Vana-Antsla_vallavalitsus, lk 24
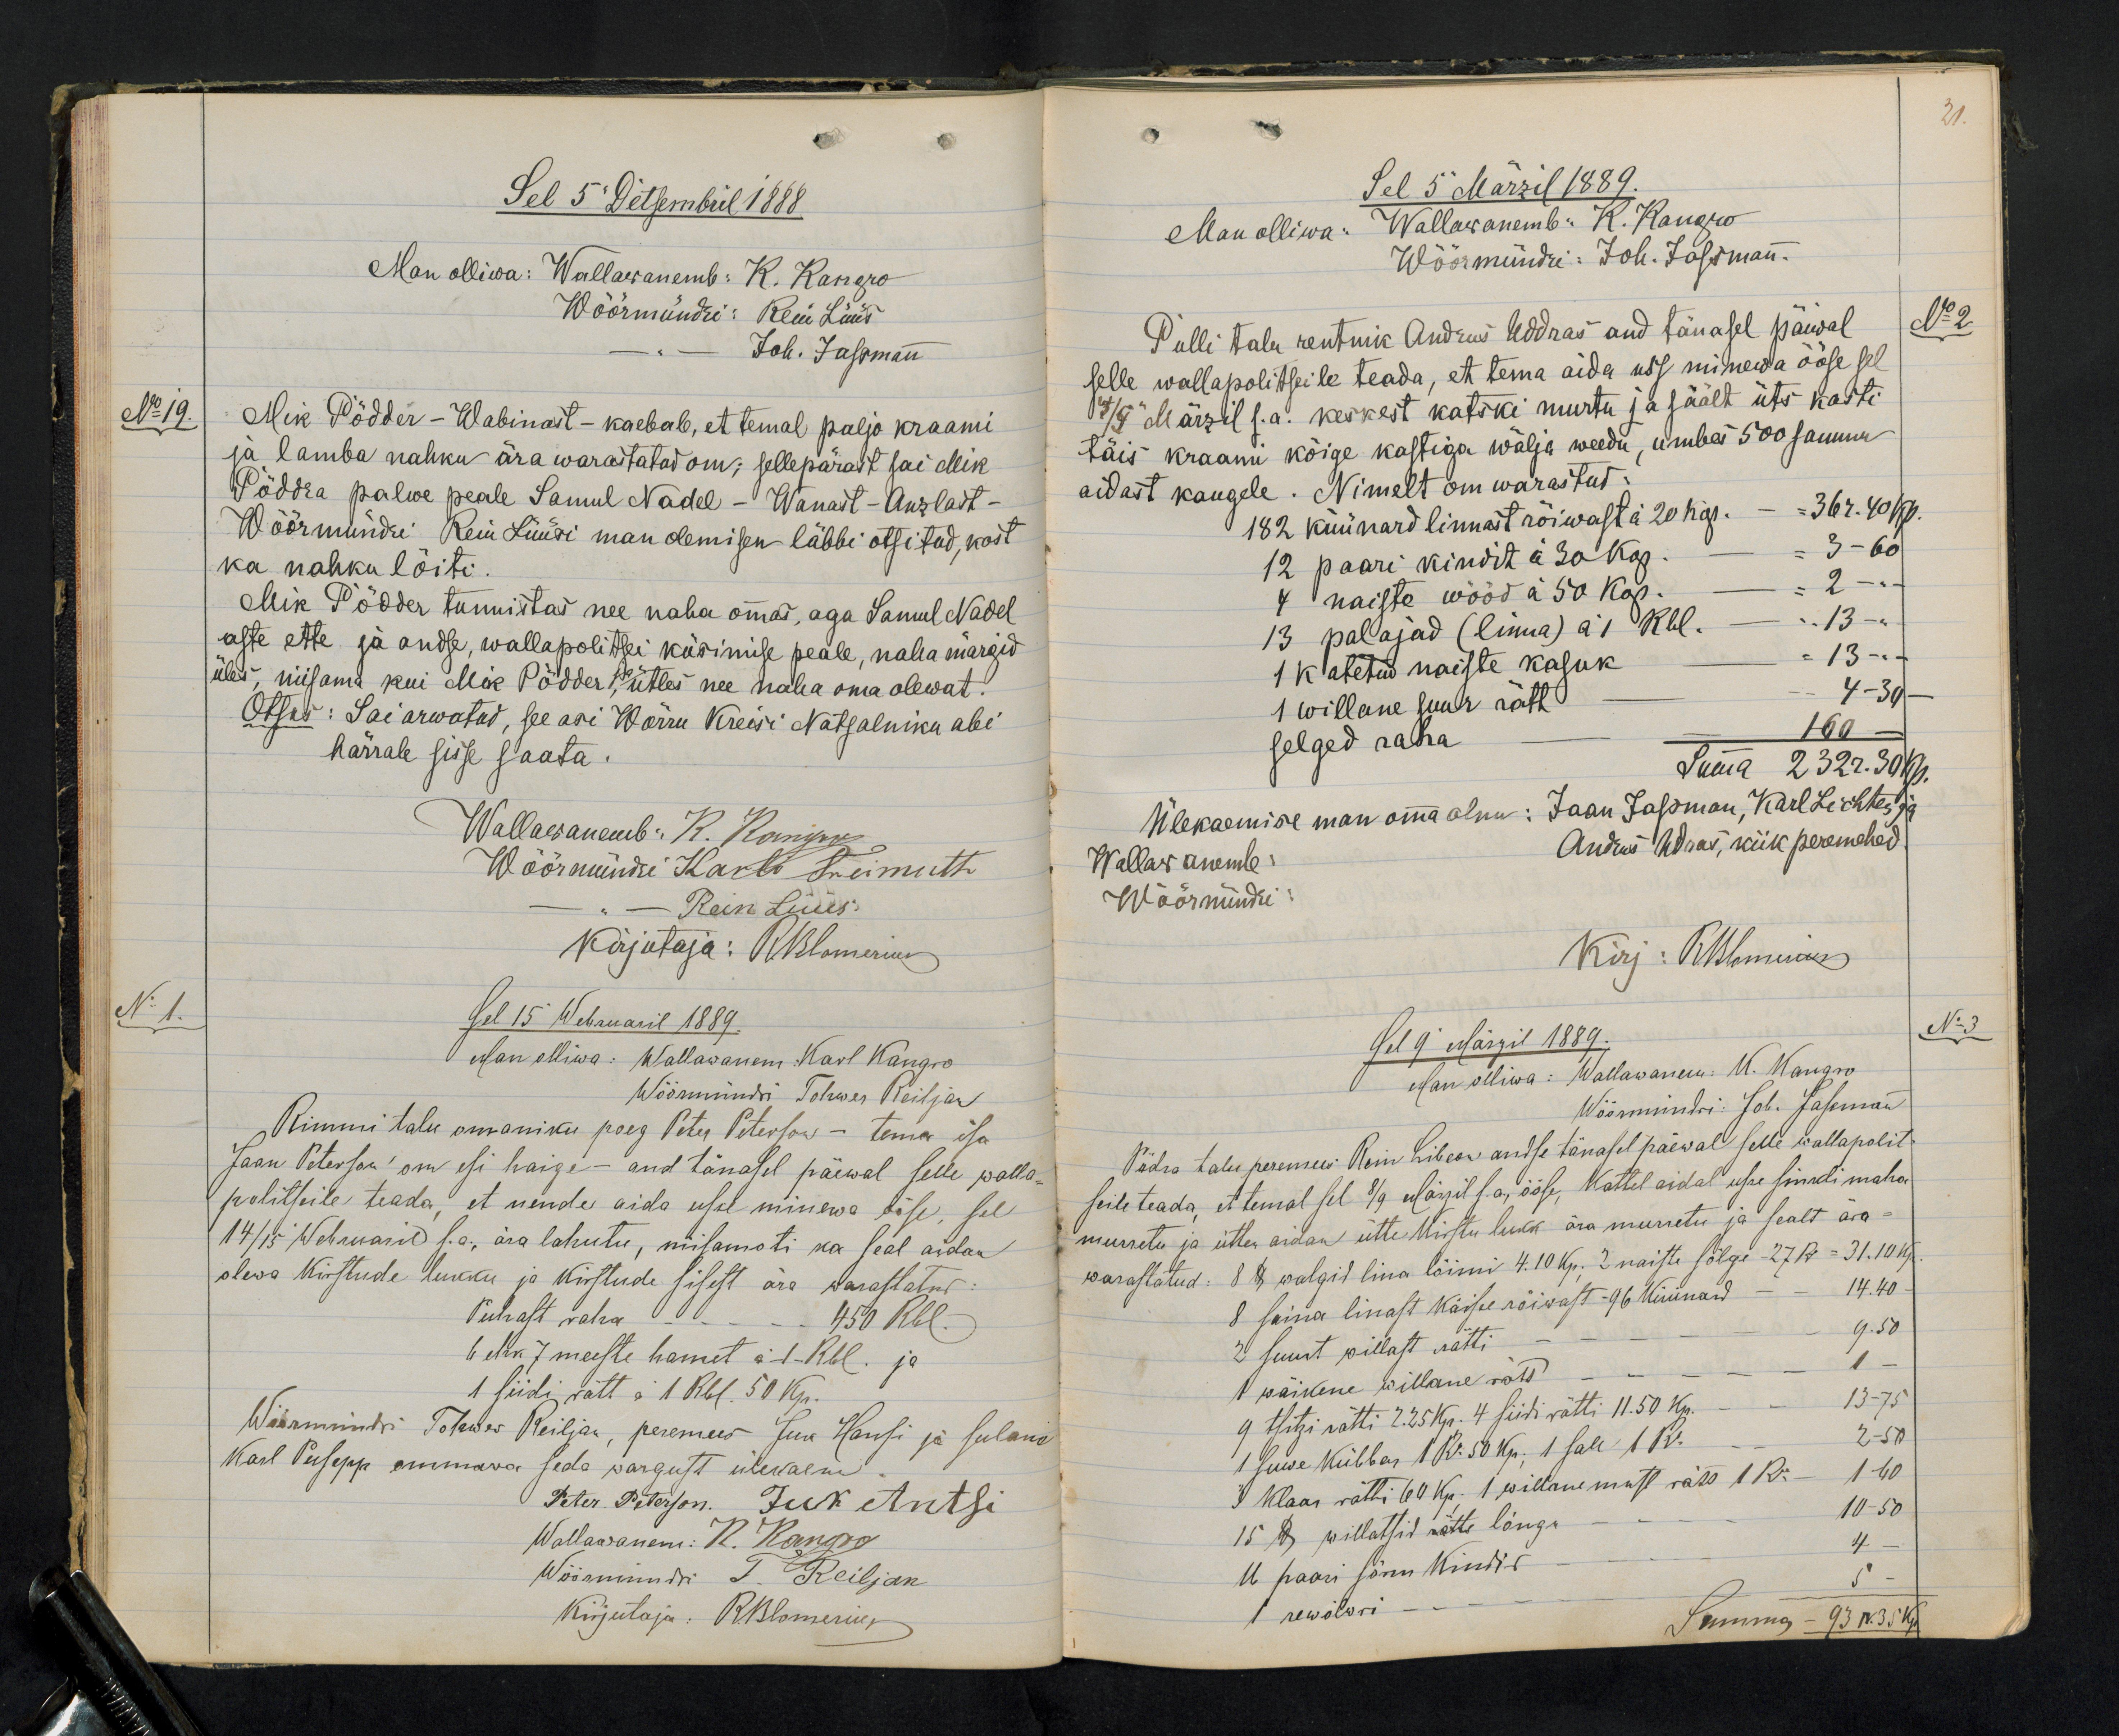
Sel 5 Detsembril 1888.
Man olliwa: Wallawanemb: K. Kangro
Wöörmündri: Rein Lüüs
Joh. Jassmann
No 19.
Mik Põdder - Wabinast - kaebab, et temal paljo kraami
ja lamba nahku ära warastatud om; sellepärast sai Mik
Põddra palwe peale Samuel Nadel - Wanast-Anzlast-
Wöörmündri Rein Lüüsi man olemisen läbbi otsitud, kost
ka nahku löiti.
Mik Põdder tunnistas nee naha ommas, aga Samul Nadel
aste ette ja andse, wallapolitsei küsimise peale, naha märgid
üles, niisama kui Mik Põdder, ja ütles nee naha oma olewat.
Otsus: Sai arwatud, see asi Wõrru Kreisi Natsalniku abi
härrale sisse saata.
Wallawanemb: K. Kangro
Wöörmündri Karli Treimuth
Rein Lüüs.
Kirjutaja: Rblomerius
No 1.
Sel 15 Webruaril 1889.
Man olliwa: Wallawanem Karl Kangro
Wöörmündri Tohwer Reiljan
Rimmi talu omaniku poeg Peter Peterson - tema isa
Jaan Peterson om esi haige - and tänasel päewal selle walla-
politseile teada, et nende aida usse minewa ööse, sel
14/15 Webruaril s.a. ära lahutu, niisamoti ka seal aidan
olewa kirstude lukku ja kirstude sisest ära warastatud:
Puhast raha - -- 450 Rbl.
6 ehk 7 meeste hamet à - 1 - Rbl. ja
1 siidi rätt à 1 Rbl. 50 Kp.
Wöörmündri Tohwer Reiljan, peremees Juk Hansi ja sulane
Karl Pusepp ommawa seda wargust ülewaenu
Peter Peterson. Juk Antsi
Wallawanem: R. Kangro
Wöörmündri T. Reiljan
Kirjutaja: R. Blomerius

21.
Sel 5 Märzil 1889.
Man olliwa: Wallawanemb: K. Kangro
Wöörmündri: Joh. Jassmann.
Pulli talu rentnik Andrus Uddras and tänasel päiwal
No 2
selle wallapolitseile teada, et tema aida uss minnewa ööse sel
4/5 Märzil s.a. keskest katski murtu ja säält üts kasti
täis kraami kõige kastiga wälja weedu, umbes 500 sammu
aidast kaugele. Nimelt om warastud:
182 küünard linnast rõiwast à 20 kop. - 36 r. 40 kp.
12 paari kindit à 30 kop. - 3 - 60
4 naiste wööd à 50 kop. - 2 - "
13 palajad (linna) a 1 Rbl. - 13 - "
1 katetud naiste kasuk - 13 - "
1 willane suur rätt - 4 - 30 -
selged raha - - 1 - 60 -
Summa 232 r. 30 kop.
Ülekaemise man omma olnu: Jaan Jassman, Karl Lichter ja
Wallawanemb:
Andrus Udras, kiik peremehed
Wöörmündri:
Kirj: RBlomerius
Sel 9 Märzil 1889.
No 3
Man olliwa: Wallawanem: K. Kangro
Wöörmündri: Joh. Jassmann
Põdra talu peremees Rein Libeon andse tänasel päewal selle walla polit-
seile teada, et temal sel 8/9 Märzil s.a, ööse, Kattel aidal usse sindi maha
murretu ja ütten aidan ütte kirstu lukk ära murretu ja sealt ära-
warastatud: 8 lb walgid lina lõimi 4.10 kp. 3 naiste sõlge - 27 R = 31.10 kp
8 saina linast Käisae rõiwast - 96 küünard - - 14.40
2 suurt willast rätti - - - 9.50
1 wäikene willane rätt - - - 1 -
9 tsitzi rätti 2.25 kp. 4 siidi rätti 11.50 kp. - 13-75
1 suwe kübbar 1 Ro 50 kp. 1 sall 1 Ro - 2-50
2 klaar rätti 60 kp. 1 willane must rätt 1 Ro - 1 40
15 lb willatsid rätte lõngu - - - 10-50
11 paari sõrm kindid - - - 4
1 rewolwri 5
Summa - 93 R. 35 kp.